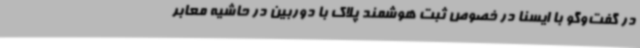
در گفت‌وگو با ایسنا در خصوص ثبت هوشمند پلاک با دوربین در حاشیه معابر